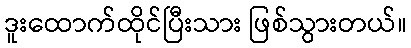
ဒူးထောက်ထိုင်ပြီးသား ဖြစ်သွားတယ်။